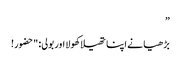
”
بڑھیا نے اپنا تھیلا کھولا اور بولی: "حضور!